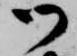
御